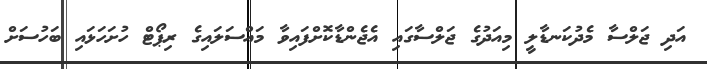
އަދި ޖަލްސާ މެދުކަނޑާލީ މިއަދުގެ ޖަލްސާގައި އެޖެންޑާކޮށްފައިވާ މައްސަލައިގެ ރިޕޯޓް ހުށަހަޅައި ބަހުސަށް